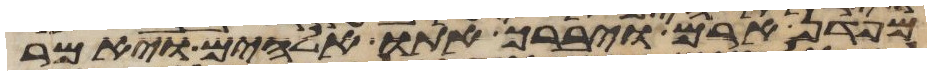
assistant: מפדן ארם ויברך אתו אלהים ויאמר